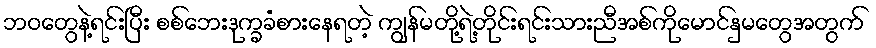
ဘဝတွေနဲ့ရင်းပြီး စစ်ဘေးဒုက္ခခံစားနေရတဲ့ ကျွန်မတို့ရဲ့တိုင်းရင်းသားညီအစ်ကိုမောင်နှမတွေအတွက်